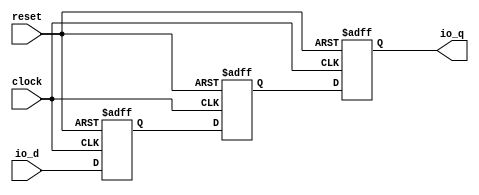
module AsyncResetSynchronizerPrimitiveShiftReg_d3_i0( // @[:freechips.rocketchip.system.DefaultRV32Config.fir@104939.2]
  input   clock, // @[:freechips.rocketchip.system.DefaultRV32Config.fir@104940.4]
  input   reset, // @[:freechips.rocketchip.system.DefaultRV32Config.fir@104941.4]
  input   io_d, // @[:freechips.rocketchip.system.DefaultRV32Config.fir@104942.4]
  output  io_q // @[:freechips.rocketchip.system.DefaultRV32Config.fir@104942.4]
);
`ifdef RANDOMIZE_REG_INIT
  reg [31:0] _RAND_0;
  reg [31:0] _RAND_1;
  reg [31:0] _RAND_2;
`endif // RANDOMIZE_REG_INIT
  reg  sync_0; // @[SynchronizerReg.scala 59:89:freechips.rocketchip.system.DefaultRV32Config.fir@104945.4]
  reg  sync_1; // @[SynchronizerReg.scala 59:89:freechips.rocketchip.system.DefaultRV32Config.fir@104946.4]
  reg  sync_2; // @[SynchronizerReg.scala 59:89:freechips.rocketchip.system.DefaultRV32Config.fir@104947.4]
  assign io_q = sync_0; // @[SynchronizerReg.scala 67:10:freechips.rocketchip.system.DefaultRV32Config.fir@104952.4]
`ifdef RANDOMIZE_GARBAGE_ASSIGN
`define RANDOMIZE
`endif
`ifdef RANDOMIZE_INVALID_ASSIGN
`define RANDOMIZE
`endif
`ifdef RANDOMIZE_REG_INIT
`define RANDOMIZE
`endif
`ifdef RANDOMIZE_MEM_INIT
`define RANDOMIZE
`endif
`ifndef RANDOM
`define RANDOM $random
`endif
`ifdef RANDOMIZE_MEM_INIT
  integer initvar;
`endif
`ifndef SYNTHESIS
`ifdef FIRRTL_BEFORE_INITIAL
`FIRRTL_BEFORE_INITIAL
`endif
initial begin
  `ifdef RANDOMIZE
    `ifdef INIT_RANDOM
      `INIT_RANDOM
    `endif
    `ifndef VERILATOR
      `ifdef RANDOMIZE_DELAY
        #`RANDOMIZE_DELAY begin end
      `else
        #0.002 begin end
      `endif
    `endif
`ifdef RANDOMIZE_REG_INIT
  _RAND_0 = {1{`RANDOM}};
  sync_0 = _RAND_0[0:0];
  _RAND_1 = {1{`RANDOM}};
  sync_1 = _RAND_1[0:0];
  _RAND_2 = {1{`RANDOM}};
  sync_2 = _RAND_2[0:0];
`endif // RANDOMIZE_REG_INIT
  if (reset) begin
    sync_0 = 1'h0;
  end
  if (reset) begin
    sync_1 = 1'h0;
  end
  if (reset) begin
    sync_2 = 1'h0;
  end
  `endif // RANDOMIZE
end // initial
`ifdef FIRRTL_AFTER_INITIAL
`FIRRTL_AFTER_INITIAL
`endif
`endif // SYNTHESIS
  always @(posedge clock or posedge reset) begin
    if (reset) begin
      sync_0 <= 1'h0;
    end else begin
      sync_0 <= sync_1;
    end
  end
  always @(posedge clock or posedge reset) begin
    if (reset) begin
      sync_1 <= 1'h0;
    end else begin
      sync_1 <= sync_2;
    end
  end
  always @(posedge clock or posedge reset) begin
    if (reset) begin
      sync_2 <= 1'h0;
    end else begin
      sync_2 <= io_d;
    end
  end
endmodule